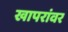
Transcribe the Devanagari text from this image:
खापरांवर